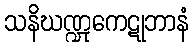
သနိဃဏ္ဍုကေဋုဘာနံ